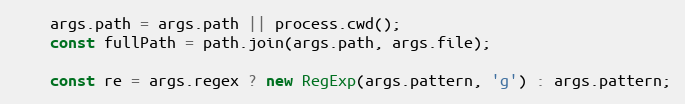
Language: JavaScript
    args.path = args.path || process.cwd();
    const fullPath = path.join(args.path, args.file);

    const re = args.regex ? new RegExp(args.pattern, 'g') : args.pattern;